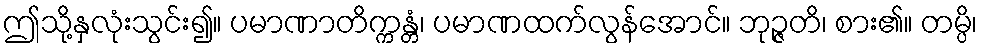
ဤသို့နှလုံးသွင်း၍။ ပမာဏာတိက္ကန္တံ၊ ပမာဏထက်လွန်အောင်။ ဘုဉ္ဇတိ၊ စား၏။ တမ္ပိ၊